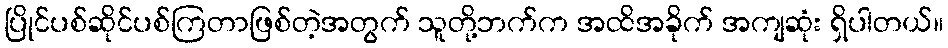
ပြိုင်ပစ်ဆိုင်ပစ်ကြတာဖြစ်တဲ့အတွက် သူတို့ဘက်က အထိအခိုက် အကျဆုံး ရှိပါတယ်။